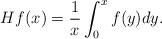
LaTeX: \begin{align*} Hf(x)=\frac{1}{x}\int_0^xf(y)dy.\end{align*}